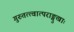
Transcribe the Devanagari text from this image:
गुरुतत्त्वात्पराङ्मुखाः